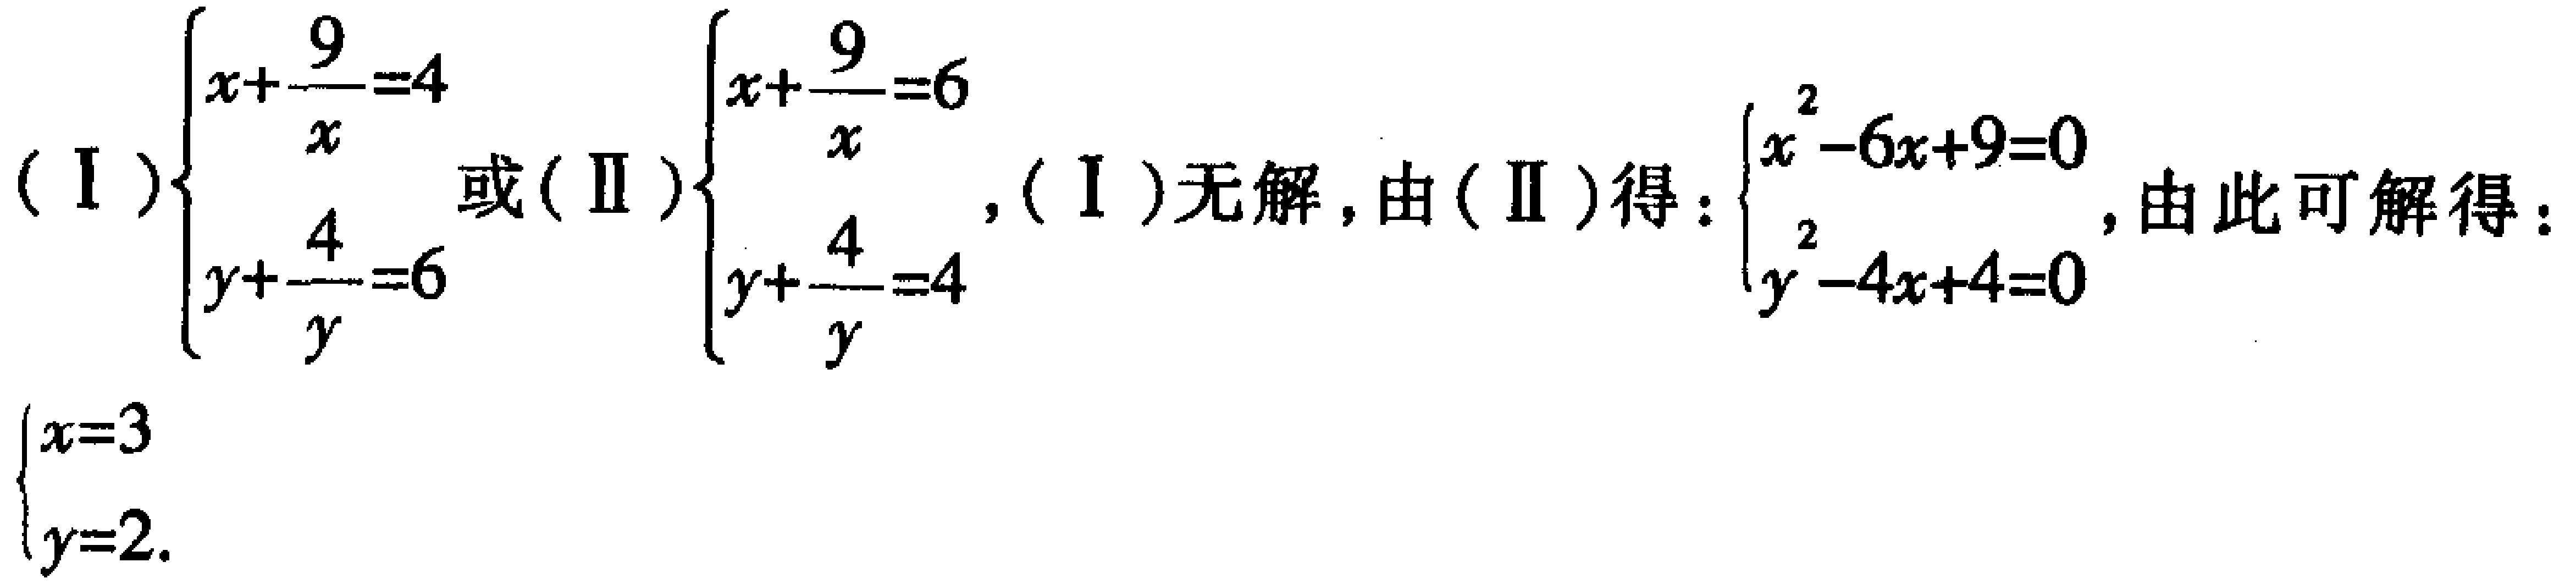
\((\text{I})\begin{cases}x + \dfrac{9}{x} = 4\\y+\dfrac{4}{y}=6\end{cases}\text{或}(\text{II})\begin{cases}x + \dfrac{9}{x} = 6\\y+\dfrac{4}{y}=4\end{cases},(\text{I})\text{无解},\text{由}(\text{II})\text{得}:\begin{cases}x^{2}-6x + 9 = 0\\y^{2}-4y + 4 = 0\end{cases},\text{由此可解得}:\begin{cases}x = 3\\y = 2\end{cases}\)